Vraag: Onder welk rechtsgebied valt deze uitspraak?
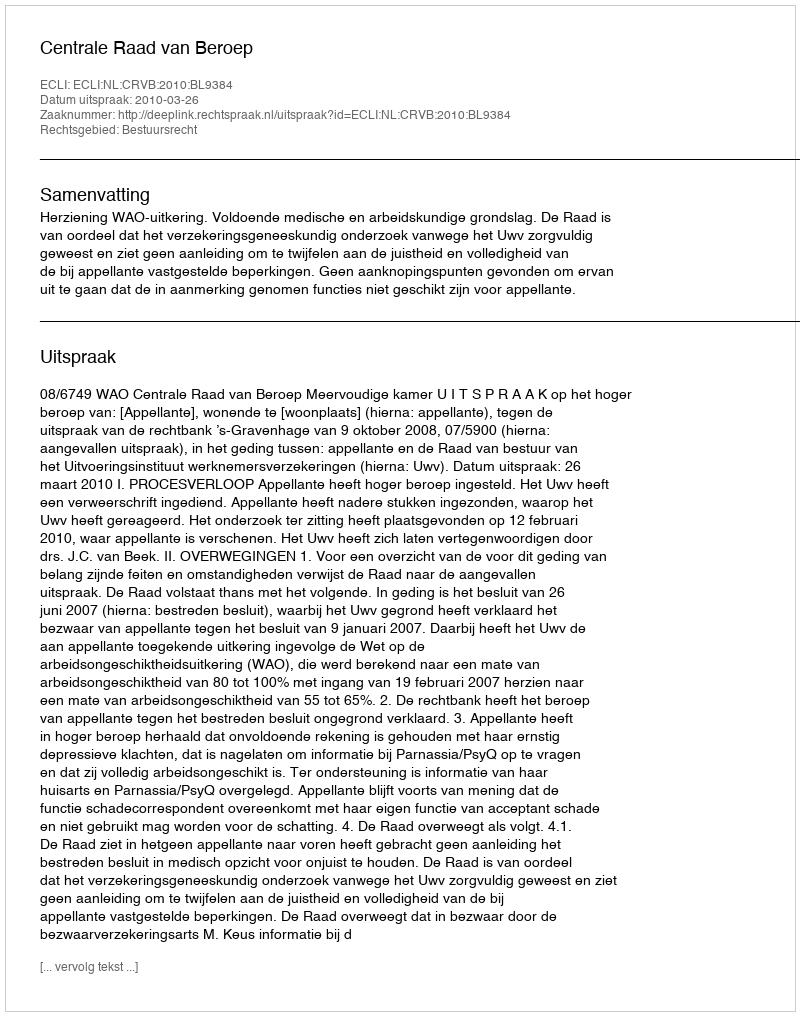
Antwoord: Bestuursrecht